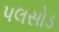
પલસોડ